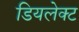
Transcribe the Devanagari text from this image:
डियलेक्ट